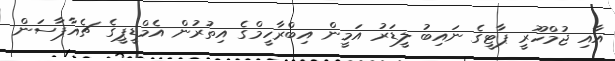
އާއި ޖުމްހޫރީ ޕާޓީގެ ނައިބު ލީޑަރު އަމީން އިބްރާހީމްގެ އިތުރުން އެމްޑީޕީގެ ޗެއާޕާސަން